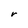
Character: r